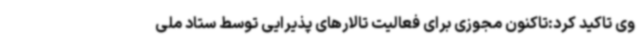
وی تاکید کرد:تاکنون مجوزی برای فعالیت تالارهای پذیرایی توسط ستاد ملی